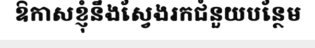
ឱកាសខ្ញុំនឹងស្វែងរកជំនួយបន្ថែម